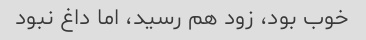
خوب بود، زود هم رسید، اما داغ نبود